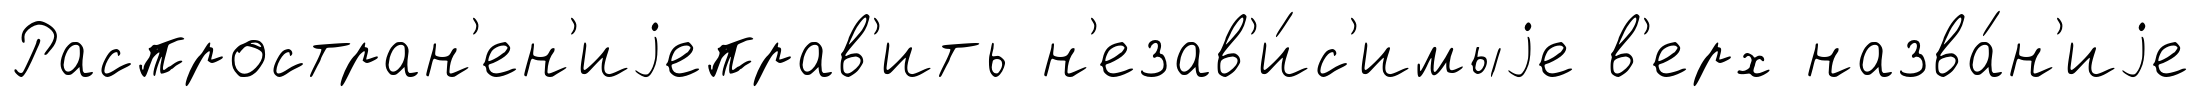
Распростран'ен'иjеправ'ить н'езав'и́с'имыjе в'ерх назва́н'иjе